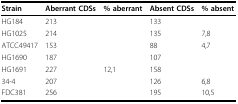
<table><thead><tr><td><b>Strain</b></td><td><b>Aberrant CDSs</b></td><td><b>% aberrant</b></td><td><b>Absent CDSs</b></td><td><b>% absent</b></td></tr></thead><tbody><tr><td>HG184</td><td>213</td><td>[EMPTY_CELL]</td><td>133</td><td>[EMPTY_CELL]</td></tr><tr><td>HG1025</td><td>214</td><td>[EMPTY_CELL]</td><td>135</td><td>7,8</td></tr><tr><td>ATCC49417</td><td>153</td><td>[EMPTY_CELL]</td><td>88</td><td>4,7</td></tr><tr><td>HG1690</td><td>187</td><td>[EMPTY_CELL]</td><td>107</td><td>[EMPTY_CELL]</td></tr><tr><td>HG1691</td><td>227</td><td>12,1</td><td>158</td><td>[EMPTY_CELL]</td></tr><tr><td>34-4</td><td>207</td><td>[EMPTY_CELL]</td><td>126</td><td>6,8</td></tr><tr><td>FDC381</td><td>256</td><td>[EMPTY_CELL]</td><td>195</td><td>10,5</td></tr></tbody></table>